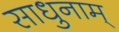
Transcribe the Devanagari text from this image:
साधुनाम्